Indian journal of veterinary science and animal husbandry - Volumes 26-27, 1956-1957
Year: 1956
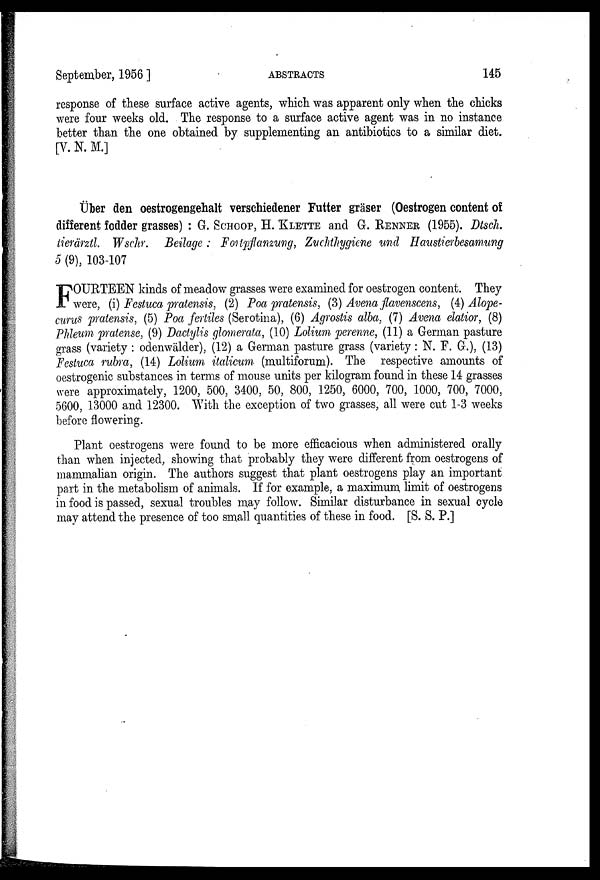
September, 1956 ]
ABSTRACTS
145
response of these surface active agents, which was apparent only when the chicks
were four weeks old. The response to a surface active agent was in no instance
better than the one obtained by supplementing an antibiotics to a similar diet.
[V. N. M.]
Uber den oestrogengehalt verschiedener Futter gräser (Oestrogen content of
different fodder grasses) : G. SCHOOP, H. KLETTE and G. RENNER (1955). Dtsch.
tierärztl. Wschr. Beilage : Fortpflanzung, Zuchthygiene und Haustierbesamung
5 (9), 103-107
F OURTEEN kinds of meadow grasses were examined for oestrogen content. They
were, (i) Festuca pratensis, (2) Poa pratensis, (3) Avena flavenscens, (4) Alope-
curus pratensis, (5) Poa fertiles (Serotina), (6) Agrostis alba, (7) Avena elatior, (8)
Phleum pratense, (9) Dactylis glomerata, (10) Lolium perenne, (11) a German pasture
grass (variety : odenwälder), (12) a German pasture grass (variety : N. F. G.), (13)
Festuca rubra, (14) Lolium italicum (multiforum). The respective amounts of
oestrogenic substances in terms of mouse units per kilogram found in these 14 grasses
were approximately, 1200, 500, 3400, 50, 800, 1250, 6000, 700, 1000, 700, 7000,
5600, 13000 and 12300. With the exception of two grasses, all were cut 1-3 weeks
before flowering.
Plant oestrogens were found to be more efficacious when administered orally
than when injected, showing that probably they were different from oestrogens of
mammalian origin. The authors suggest that plant oestrogens play an important
part in the metabolism of animals. If for example, a maximum limit of oestrogens
in food is passed, sexual troubles may follow. Similar disturbance in sexual cycle
may attend the presence of too small quantities of these in food. [S. S. P.]